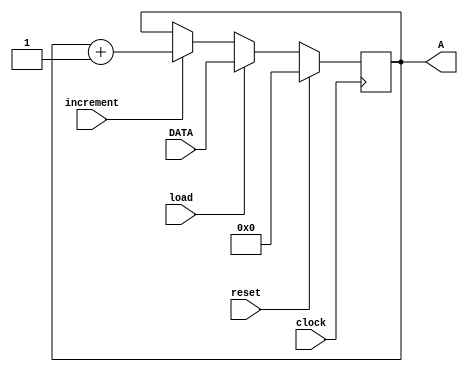
module regist #(parameter width = 16, parameter load_value = 0)(clock, load, reset, increment, DATA, A);
input clock;
input load;
input reset;
input increment;
input [width-1:0] DATA;
output reg[width-1:0] A;

initial begin
  A = load_value;
end

always @(posedge clock) begin
  if (reset == 1) begin
    A <= 0;
  end
  else begin
    if (load == 1) begin
      A <= DATA;
    end
    else begin
      if (increment == 1) begin
        A <= A + 1;
      end
      else begin
        A <= A;
      end
    end
  end
end
endmodule